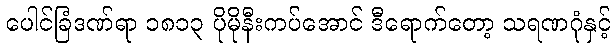
ပေါင်ခြံဒဏ်ရာ ၁၈၁၃ ပိုမိုနီးကပ်အောင် ဒီရောက်တော့ သရဏဂုံနှင့်